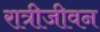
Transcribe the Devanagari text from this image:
रात्रीजीवन